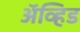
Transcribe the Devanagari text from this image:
अॅव्हिड